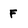
Character: F